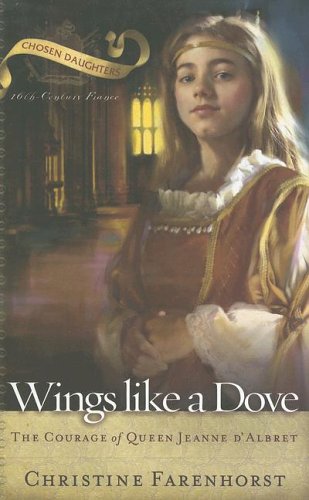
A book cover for Wings Like a Dove: The Courage of Queen Jeanne D'Albret (Chosen Daughters); Christine Farenhorst; Teen & Young Adult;